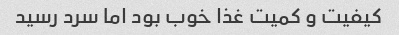
کیفیت و کمیت غذا خوب بود اما سرد رسید